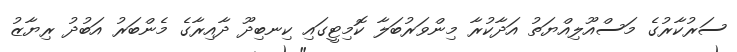
ސަރުކާރުގެ މަސްއޫލިއްޔަތު އަދާކުރާ މިންވަރުބަލާ ކޮމިޓީގައި ކިނބިދޫ ދާއިރާގެ މެންބަރު އަބުދު ރިޔާޒު